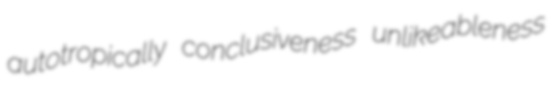
autotropically conclusiveness unlikeableness